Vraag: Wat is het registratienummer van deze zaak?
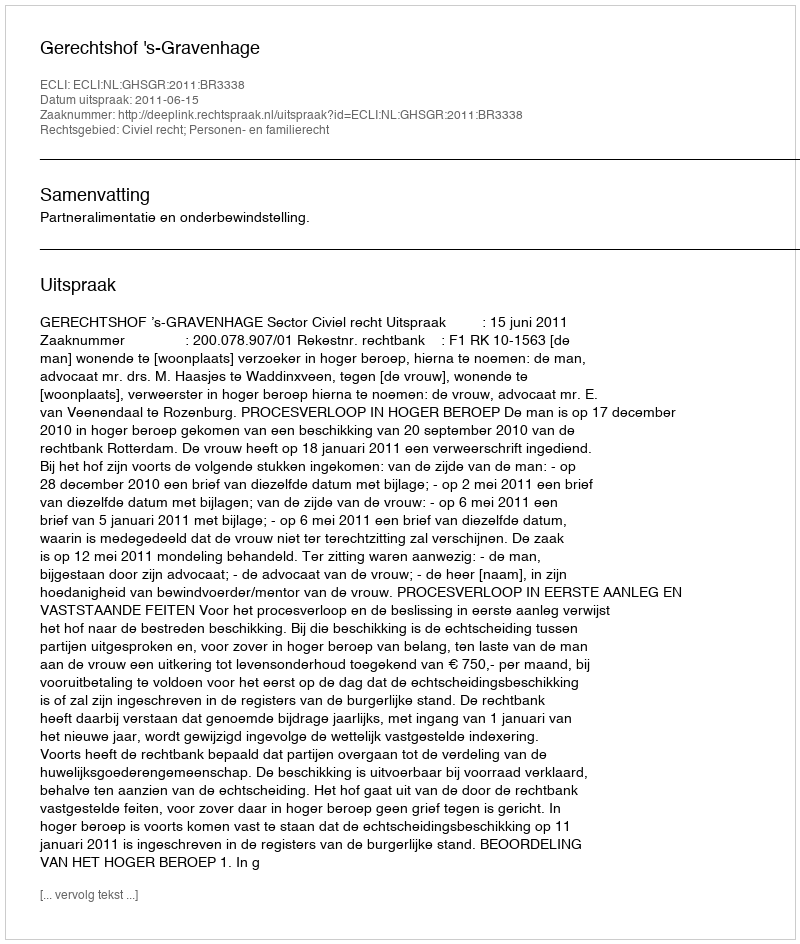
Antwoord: http://deeplink.rechtspraak.nl/uitspraak?id=ECLI:NL:GHSGR:2011:BR3338